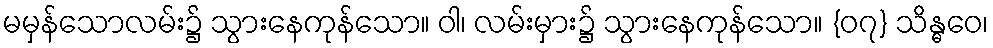
မမှန်သောလမ်း၌ သွားနေကုန်သော။ ဝါ၊ လမ်းမှား၌ သွားနေကုန်သော။ {၀၇} သိန္ဓဝေ၊